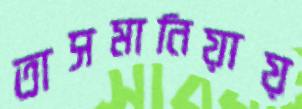
তাসমানিয়ায়